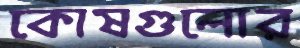
কোষগুলোর